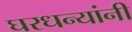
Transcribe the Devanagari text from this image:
घरधन्यांनी